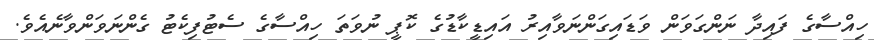
ހިއްސާގެ ފައިދާ ނަންގަވަން ވަޑައިގަންނަވާއިރު އައިޑީކާޑުގެ ކޮޕީ ނުވަތަ ހިއްސާގެ ސެޓުފިކެޓު ގެންނަވަންވާނެއެވެ.